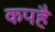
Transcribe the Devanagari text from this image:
कपहै